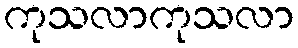
ကုသလာကုသလာ